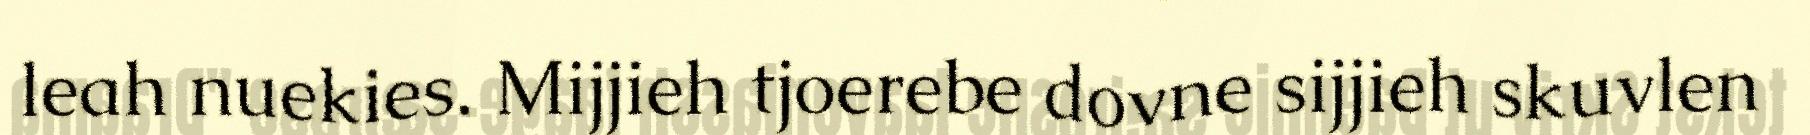
leah nuekies. Mijjieh tjoerebe dovne sijjieh skuvlen